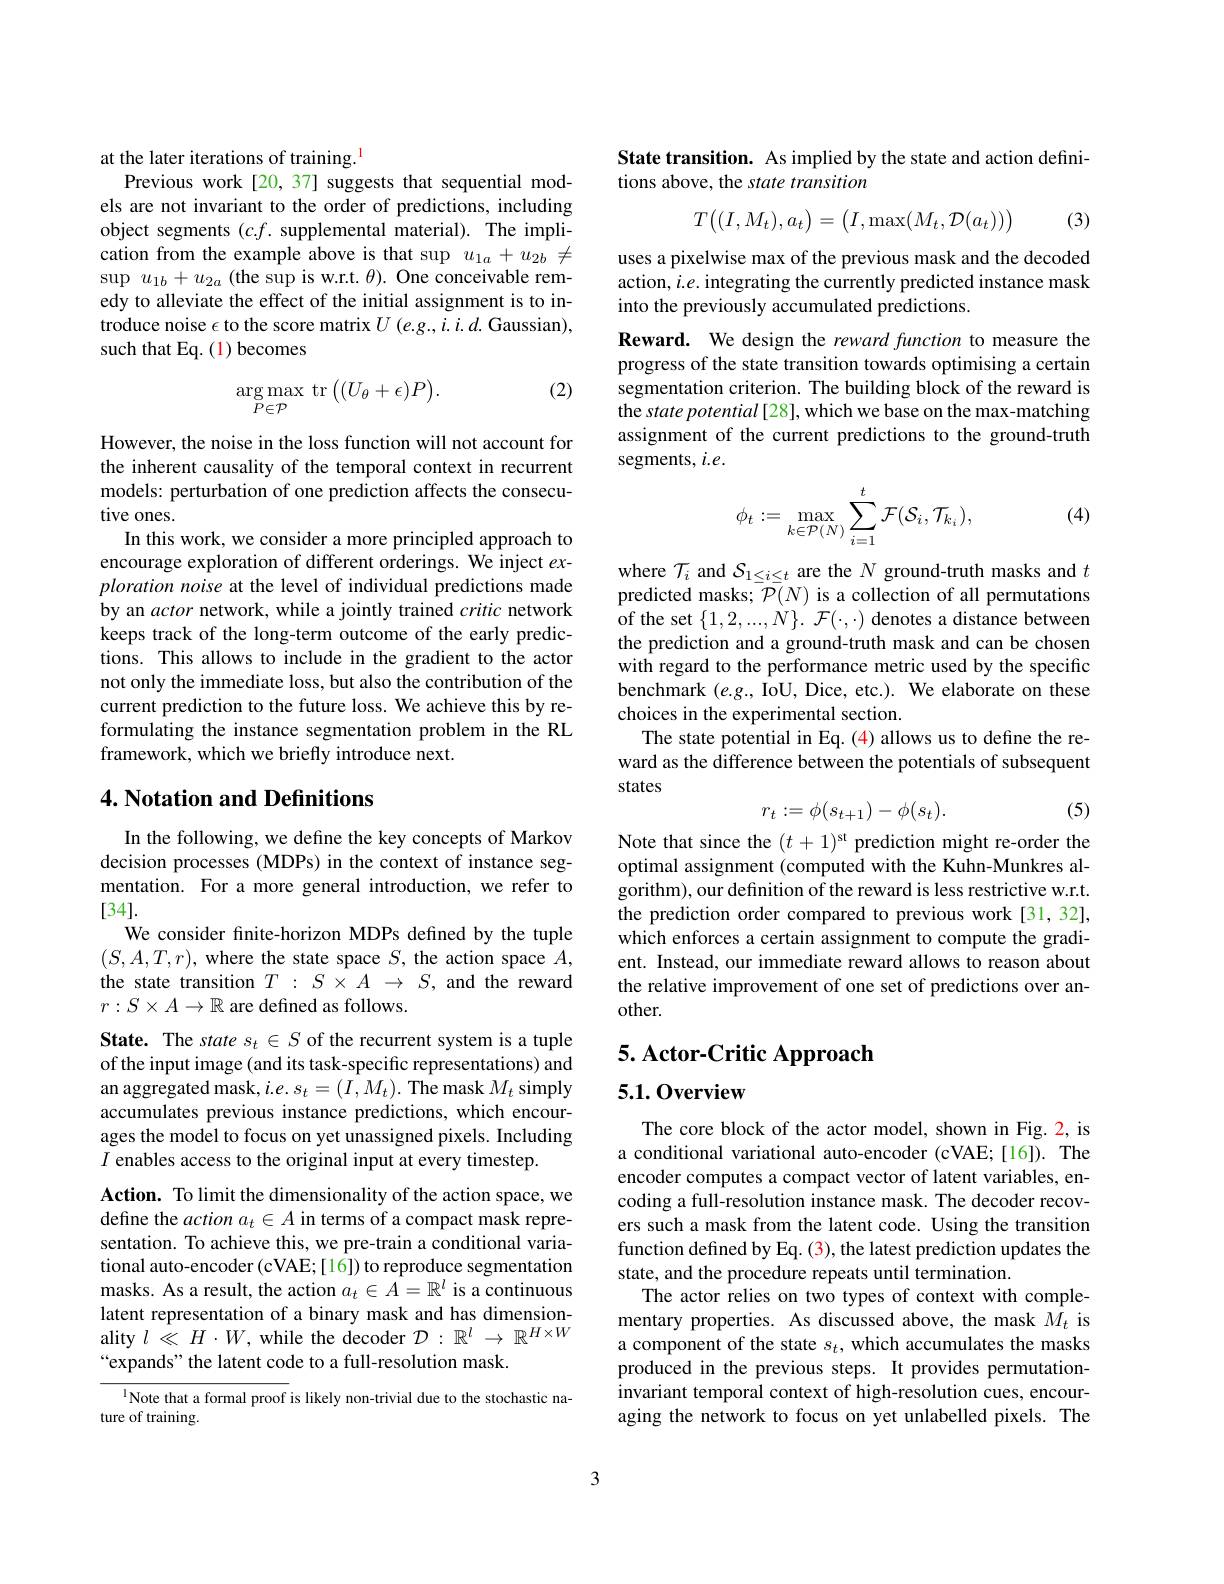
at the later iterations of training.$^{\mathrm{l}}$
Previous work[20,37] suggests that sequential mod-

els are not invariant to the order of predictions, including object segments $(c.f.$ supplemental material). The implication from the example above is that sup $u_{1a}+u_{2b}\neq$ $\sup{u_{1b}+u_{2a}\text{(the sup is w.r.t.}\theta).\text{One conceivable rem-}}$ edy to alleviate the effect of the initial assignment is to introduce noise $\epsilon$ to the score matrix $U\left(e.g.,i.i.d.\text{Gaussian}\right)$, such that Eq. (1) becomes

(2)
$$\underset{P\in\mathcal{P}}{\arg\max}\:\mathop{\mathrm{tr}}\left((U_{\theta}+\epsilon)P\right).$$
However, the noise in the loss function will not account for the inherent causality of the temporal context in recurrent models: perturbation of one prediction affects the consecutive ones.
In this work, we consider a more principled approach to encourage exploration of different orderings. We inject $ex-$ ploration noise at the level of individual predictions made by an actor network, while a jointly trained critic network keeps track of the long-term outcome of the early predictions. This allows to include in the gradient to the actor not only the immediate loss, but also the contribution of the current prediction to the future loss. We achieve this by reformulating the instance segmentation problem in the RL framework, which we briefly introduce next.

## 4. Notation and Definitions

In the following, we define the key concepts of Markov decision processes (MDPs) in the context of instance segmentation. For a more general introduction, we refer to [34].
We consider fnite-horizon MDPs defined by the tuple $(S,A,T,r)$, where the state space $S$, the action space $A$, the state transition $T:S\times A\to S$, and the reward $r:S\times A\to\mathbb{R}$ are defined as follows.
State. The state $s_t\in S$ of the recurrent system is a tuple of the input image (and its task-specific representations) and an aggregated mask, $i.e.s_t=(I,M_t).$ The mask $M_t$ simply accumulates previous instance predictions, which encourages the model to focus on yet unassigned pixels. Including $I$ enables access to the original input at every timestep.
Action. To limit the dimensionality of the action space, we define the action $a_t\in A$ in terms of a compact mask representation. To achieve this, we pre-train a conditional variational auto-encoder (cVAE; [16]) to reproduce segmentation masks. As a result, the action $a_t\in A=\mathbb{R}^l$ is a continuous latent representation of a binary mask and has dimensionality $l\ll H\cdot W$, while the decoder $\mathcal{D}:\mathbb{R}^l\to\mathbb{R}^{H\times W}$ “expands" the latent code to a full-resolution mask.
$^{\text{l}}$Note that a formal proof is likely non-trivial due to the stochastic na-

ture of training.

State transition. As implied by the state and action defini-
tions above, the state transition
$$T\big((I,M_t),a_t\big)=\big(I,\max(M_t,\mathcal{D}(a_t))\big)$$
(3)

uses a pixelwise max of the previous mask and the decoded action, $i.e.$ integrating the currently predicted instance mask into the previously accumulated predictions.

Reward. We design the reward function to measure the progress of the state transition towards optimising a certain segmentation criterion. The building block of the reward is the state potential [28], which we base on the max-matching assignment of the current predictions to the ground-truth segments, $i.e.$

(4)
$$\phi_t:=\max\limits_{k\in\mathcal{P}(N)}\sum\limits_{i=1}^t\mathcal{F}(\mathcal{S}_i,\mathcal{T}_{k_i}),$$
where $\mathcal{T}_i$ and $\mathcal{S}_1\leq i\leq t$ are the $N$ ground-truth masks and $t$ predicted masks; $\mathcal{P}(N)$ is a collection of all permutations of the set $\{1,2,...,N\}.~\mathcal{F}(\cdot,\cdot)$ denotes a distance between the prediction and a ground-truth mask and can be chosen with regard to the performance metric used by the specific benchmark $(e.g.$, IoU, Dice, etc.). We elaborate on these choices in the experimental section.
The state potential in Eq. (4) allows us to define the reward as the difference between the potentials of subsequent states
$$r_t:=\phi(s_{t+1})-\phi(s_t).$$
(5)

Note that since the $(t+1)^\mathrm{st}$ prediction might re-order the optimal assignment (computed with the Kuhn-Munkres algorithm), our definition of the reward is less restrictive w.r.t. the prediction order compared to previous work [31,32], which enforces a certain assignment to compute the gradient. Instead, our immediate reward allows to reason about the relative improvement of one set of predictions over another.

5. Actor- Critic Approach

## 5.1.0verview

The core block of the actor model, shown in Fig. 2, is a conditional variational auto-encoder (cVAE;[16]). The encoder computes a compact vector of latent variables, encoding a full-resolution instance mask. The decoder recovers such a mask from the latent code. Using the transition function defined by Eq. (3), the latest prediction updates the state, and the procedure repeats until termination.
The actor relies on two types of context with complementary properties. As discussed above, the mask $\hat{M}_t$ is a component of the state $s_t$, which accumulates the masks produced in the previous steps. It provides permutationinvariant temporal context of high-resolution cues, encouraging the network to focus on yet unlabelled pixels. The

3